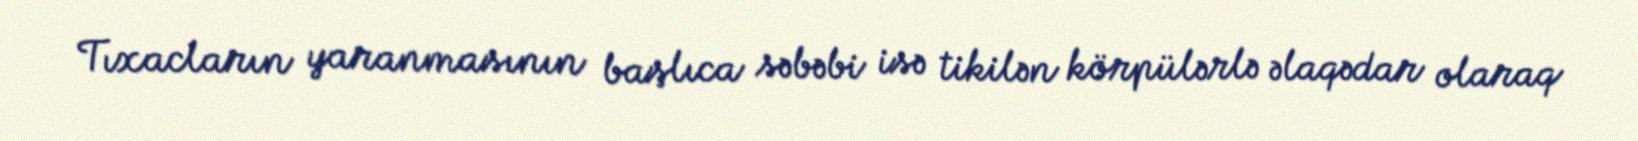
Tıxacların yaranmasının başlıca səbəbi isə tikilən körpülərlə əlaqədar olaraq